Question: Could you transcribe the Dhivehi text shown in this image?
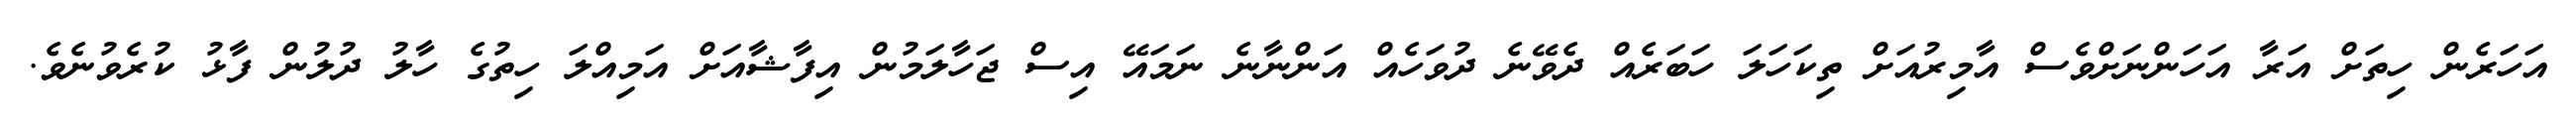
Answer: އަހަރެން ހިތަށް އަރާ އަހަންނަށްވެސް އާމިރުއަށް ތިކަހަލަ ހަބަރެއް ދެވޭނެ ދުވަހެއް އަންނާނެ ނަމައޭ އިސް ޖަހާލަމުން އިފާޝާއަށް އަމިއްލަ ހިތުގެ ހާލު ދުލުން ފާޅު ކުރެވުނެވެ.